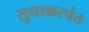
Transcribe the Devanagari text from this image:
सुधाकरपंत